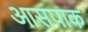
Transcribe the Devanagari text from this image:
आसपाक